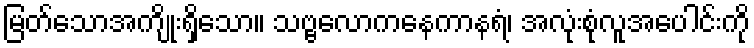
မြတ်သောအကျိုးရှိသော။ သဗ္ဗလောကနေကာနရံ၊ အလုံးစုံလူအပေါင်းကို